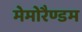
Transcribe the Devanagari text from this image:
मेमोरैण्डम